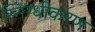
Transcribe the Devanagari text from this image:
स्निग्धीकरण